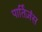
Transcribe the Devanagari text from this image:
पार्तिज़ंस